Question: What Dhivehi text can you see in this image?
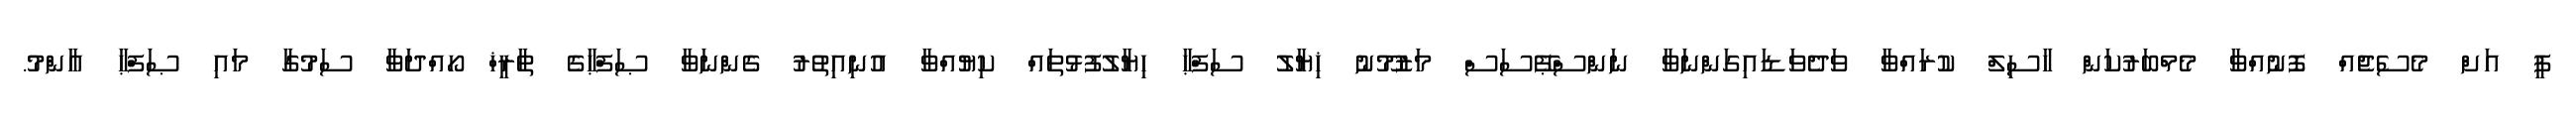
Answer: ޕީ އަށް މެސެޖެއް ފޮނުއްވާ މެމްބަރުކަން ހާސިލް ކުރައްވާ ވަދެވަޑައިގަންނަވާ ނަންސްޕޭސަސް މަޒުމޫނު ޚިޔާލު ސަފްޙާ ހިޔާލުފުޅުތައް ކިޔުއްވާ އުނިއިތުރު ގެންނަވާ ޞަފްޙާގެ ތާރީޚް ހޯއްދަވާ ސަމުގާ މައި ޞަފްޙާ އާންމު.